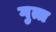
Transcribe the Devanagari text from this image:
गुत्त